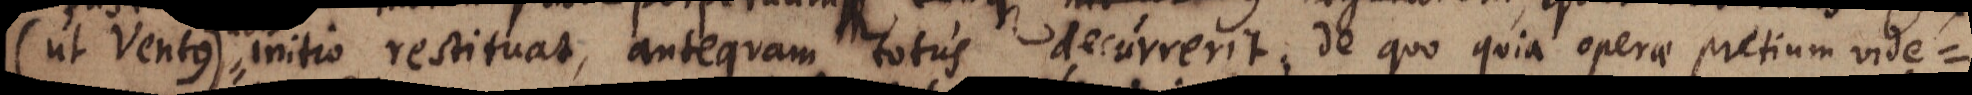
(ut Ventus) initio restituat, antequam totus decurrerit; de quo quia operae pretium vide-